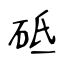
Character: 砥